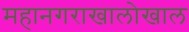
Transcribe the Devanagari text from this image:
महानगराखालोखाल